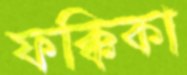
ফক্কিকা